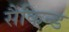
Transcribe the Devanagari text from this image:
सैकिन्ड